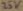
Text: 25V